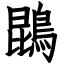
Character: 鵾